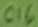
Text: C16